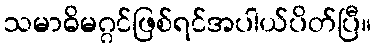
သမာဓိမဂ္ဂင်ဖြစ်ရင်အပါယ်ပိတ်ပြီ။